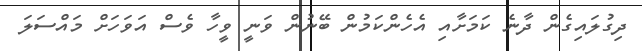
ދިގުލައިގެން ދާނެ ކަމަށާއި އެހެންކަމުން ބޭނުން ވަނީ ވީހާ ވެސް އަވަހަށް މައްސަލަ